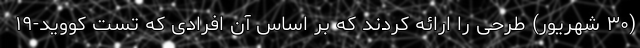
(۳۰ شهریور) طرحی را ارائه کردند که بر اساس آن افرادی که تست کووید-۱۹